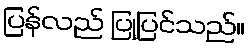
ပြန်လည် ပြုပြင်သည်။